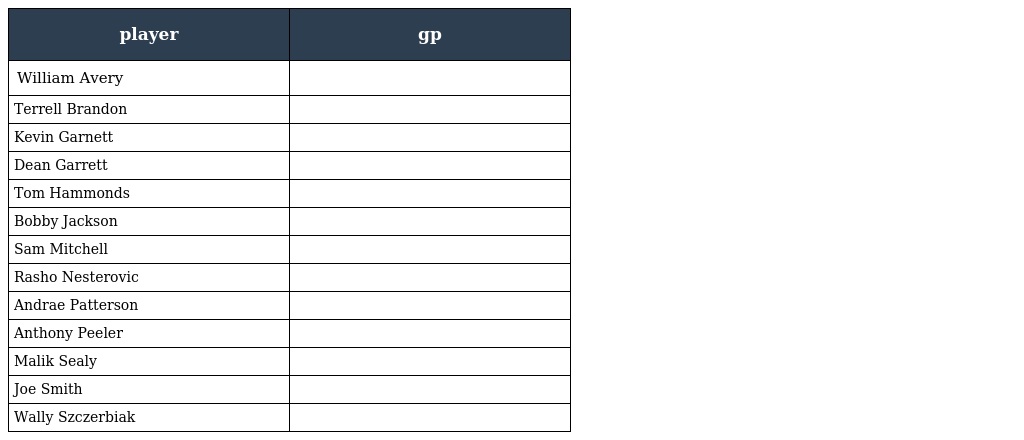
| player | gp |
 | --- | --- |
 | William Avery |  |
 | Terrell Brandon |  |
 | Kevin Garnett |  |
 | Dean Garrett |  |
 | Tom Hammonds |  |
 | Bobby Jackson |  |
 | Sam Mitchell |  |
 | Rasho Nesterovic |  |
 | Andrae Patterson |  |
 | Anthony Peeler |  |
 | Malik Sealy |  |
 | Joe Smith |  |
 | Wally Szczerbiak |  |